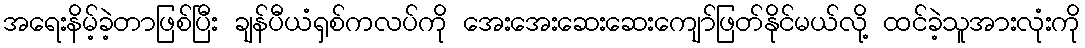
အရေးနိမ့်ခဲ့တာဖြစ်ပြီး ချန်ပီယံရှစ်ကလပ်ကို အေးအေးဆေးဆေးကျော်ဖြတ်နိုင်မယ်လို့ ထင်ခဲ့သူအားလုံးကို